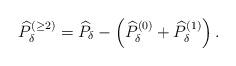
LaTeX: \begin{align*}\widehat{P}_{\delta }^{\left( \geq 2\right) }=\widehat{P}_{\delta }-\left(\widehat{P}_{\delta }^{\left( 0\right) }+\widehat{P}_{\delta }^{\left(1\right) }\right) .\end{align*}